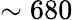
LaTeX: \sim 680